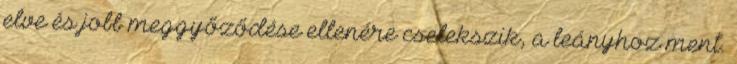
elve és jobb meggyőződése ellenére cselekszik, a leányhoz ment.